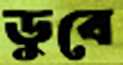
ডুবে